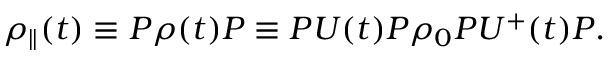
{ \rho } _ { \parallel } ( t ) \equiv P \rho ( t ) P \equiv P U ( t ) P { \rho } _ { 0 } P U ^ { + } ( t ) P .